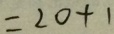
= 2 0 + 1